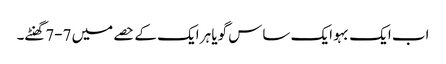
اب ایک بہو ایک ساس گویا ہر ایک کے حصے میں 7-7گھنٹے۔